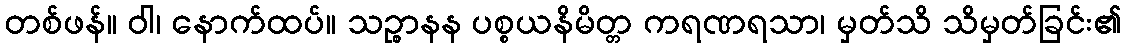
တစ်ဖန်။ ဝါ၊ နောက်ထပ်။ သဉ္စာနန ပစ္စယနိမိတ္တ ကရဏရသာ၊ မှတ်သိ သိမှတ်ခြင်း၏